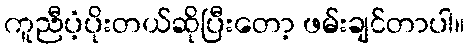
ကူညီပံ့ပိုးတယ်ဆိုပြီးတော့ ဖမ်းချင်တာပါ။